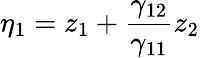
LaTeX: \eta_{1}=z_{1}+\frac{\gamma_{12}}{\gamma_{11}}z_{2}